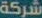
شركة